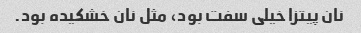
نان پیتزا خیلى سفت بود، مثل نان خشکیده بود.